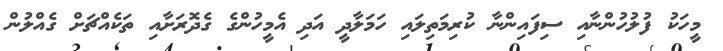
މީހަކު ފުލުހުންނާއި ސިފައިންނާ ކުރިމަތިލައި ހަމަލާދީ އަދި އެމީހުންގެ ގެދޮރަށާއި ތަކެއްޗަށް ގެއްލުން